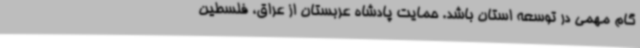
گام مهمی در توسعه استان باشد. حمایت پادشاه عربستان از عراق، فلسطین